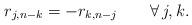
LaTeX: \begin{align*}r_{j,n-k}=-r_{k,n-j}\quad\quad\forall\, j,k.\end{align*}